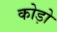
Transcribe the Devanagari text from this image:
कोड़ो